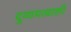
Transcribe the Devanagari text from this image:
दुय्यमत्वाशी